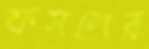
ফসলের